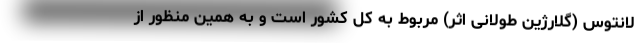
لانتوس (گلارژین طولانی اثر) مربوط به کل کشور است و به همین منظور از